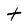
Character: t